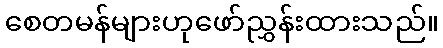
စေတမန်များဟုဖော်ညွှန်းထားသည်။